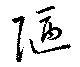
陋